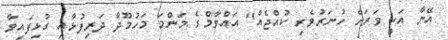
އޭނާ އަކީ ވަރަށް ހުނަރުވެރި ކުއްޖެއް" އައްވާމްގެ މަންމަ މަހުމޫދާ ދަރިފުޅާއި ގުޅިފައިވާ